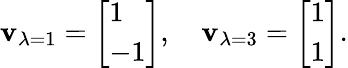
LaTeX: \mathbf{v}_{\lambda=1}={\left[\begin{array}{l}{1}\\ {-1}\end{array}\right]},\quad\mathbf{v}_{\lambda=3}={\left[\begin{array}{l}{1}\\ {1}\end{array}\right]}.